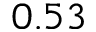
0 . 5 3